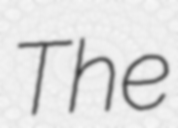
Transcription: The